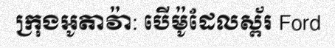
ក្រុងអូតាវ៉ា: បើម៉ូដែលស្ព័រ Ford